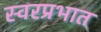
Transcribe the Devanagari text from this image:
स्वरप्रभात